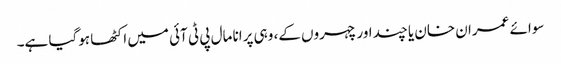
سوائے عمران خان یا چند اور چہروں کے، وہی پرانا مال پی ٹی آئی میں اکٹھا ہوگیا ہے۔